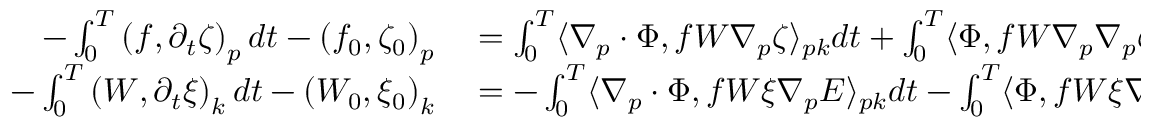
\begin{array} { r l } { - \int _ { 0 } ^ { T } \left( f , \partial _ { t } \zeta \right) _ { p } d t - \left( f _ { 0 } , \zeta _ { 0 } \right) _ { p } } & { { } = \int _ { 0 } ^ { T } \langle \nabla _ { p } \cdot \Phi , f W \nabla _ { p } \zeta \rangle _ { p k } d t + \int _ { 0 } ^ { T } \langle \Phi , f W \nabla _ { p } \nabla _ { p } \zeta \rangle _ { p k } d t } \\ { - \int _ { 0 } ^ { T } \left( W , \partial _ { t } \xi \right) _ { k } d t - \left( W _ { 0 } , \xi _ { 0 } \right) _ { k } } & { { } = - \int _ { 0 } ^ { T } \langle \nabla _ { p } \cdot \Phi , f W \xi \nabla _ { p } E \rangle _ { p k } d t - \int _ { 0 } ^ { T } \langle \Phi , f W \xi \nabla _ { p } \nabla _ { p } E \rangle _ { p k } d t . } \end{array}